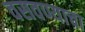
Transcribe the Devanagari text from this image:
वसवण्याचा